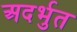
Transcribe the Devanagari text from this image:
अदर्भुत